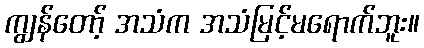
ကျွန်တော့် အသံက အသံမြင့်မရောက်ဘူး။